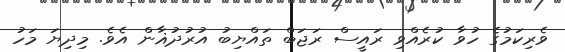
ވެރިކަމުގެ ހުވާ ކުރެއްވި ރައީސް ރަޖަބް ތައްޔިބު އުރުދުޣާން އެވެ. މިދިޔަ މަހު